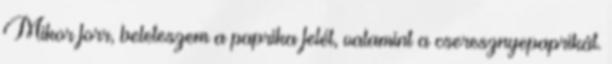
Mikor forr, beleteszem a paprika felét, valamint a cseresznyepaprikát.